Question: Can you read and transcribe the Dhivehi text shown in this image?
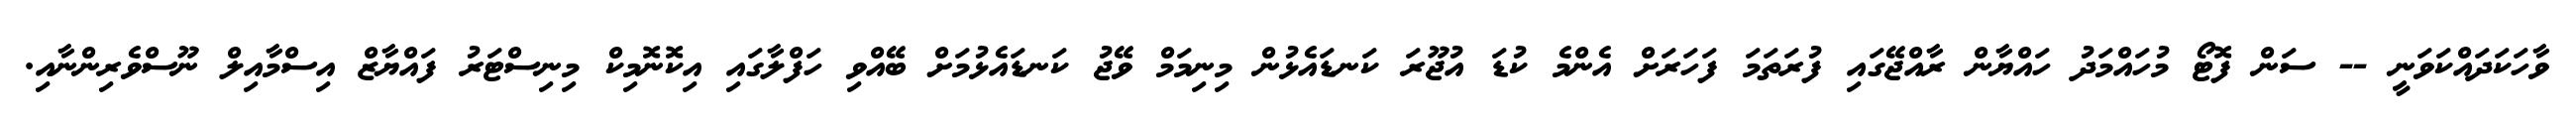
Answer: ވާހަކަދައްކަވަނީ -- ސަން ފޮޓޯ މުހައްމަދު ހައްޔާން ރާއްޖޭގައި ފުރަތަމަ ފަހަރަށް އެންމެ ކުޑަ އުޖޫރަ ކަނޑައެޅުން މިނިމަމް ވޭޖު ކަނޑައެޅުމަށް ބޭއްވި ހަފްލާގައި އިކޮނޮމިކް މިނިސްޓަރު ފައްޔާޒް އިސްމާއިލް ނޫސްވެރިންނާއި.